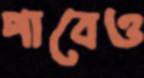
পাবেও